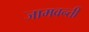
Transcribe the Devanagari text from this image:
जामवन्ती